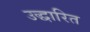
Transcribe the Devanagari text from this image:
उद्धारित